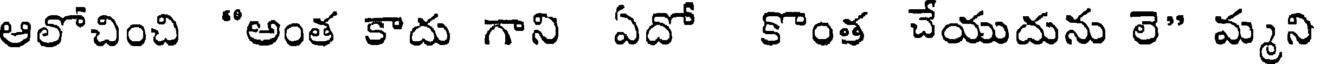
ఆలోచించి "అంత కాదు గాని ఏదో కొంత చేయుదును లె" మ్మని